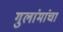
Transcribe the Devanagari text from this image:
गुलांमांचा